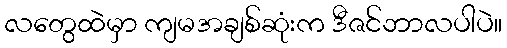
လတွေထဲမှာ ကျမအချစ်ဆုံးက ဒီဇင်ဘာလပါပဲ။